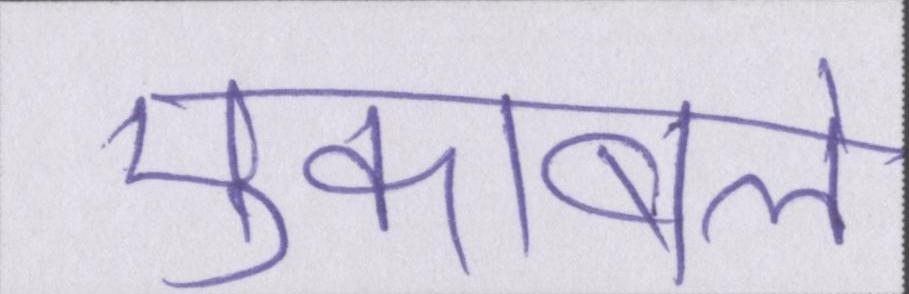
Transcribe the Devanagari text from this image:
मुकाबले